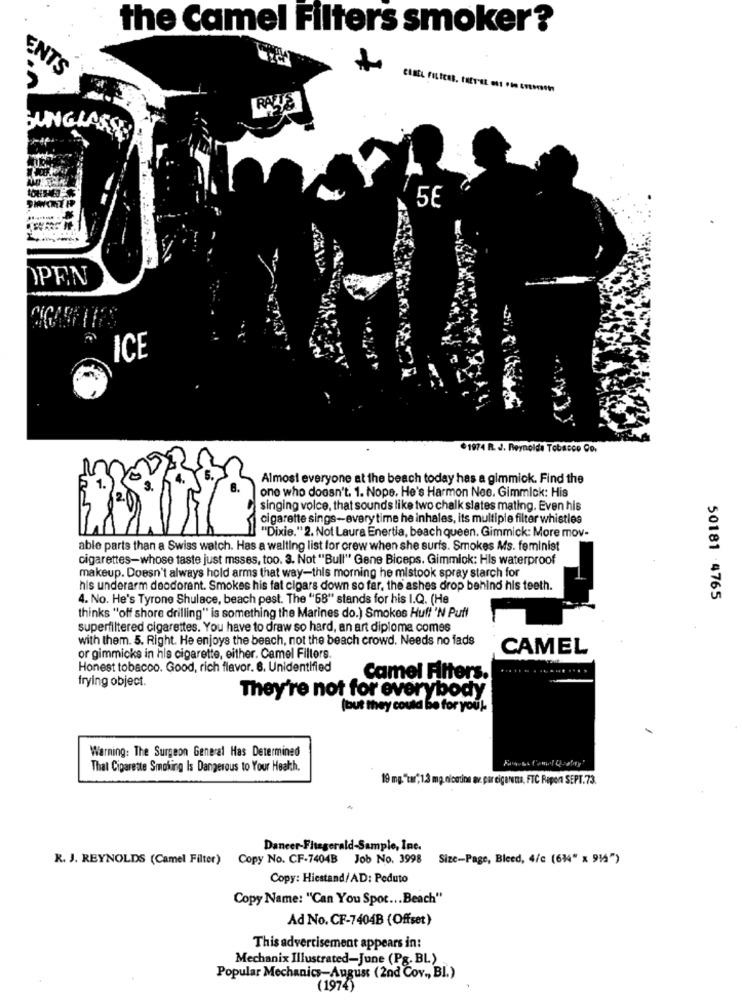
the Camel Filters smoker?
ENTS
RALIS
5€
OPEN
ICE
€1974 R. J. Reynolds Tobacco Co.
Almost everyone at the beach today has a gimmick. Find the
one who doesn't. 1. Nope. He's Harmon Nee. Gimmick: His
singing volce, that sounds like two chalk slates mating. Even his
cigarette sings-every time he inhales, its multiple filter whistles
"Dixie."2. Not Laura Enertia, beach queen. Gimmick: More mov-
able parts than a Swiss watch. Has a waiting list for crew when she surfs. Smokes Ms. feminist
cigarettes-whose taste just msses, too. 3. Not "Bull" Gene Biceps. Gimmick: Hls waterproof
makeup. Doesn't always hold arms that way-this morning he mistook spray starch for
his underarm deodorant. Smokes his fat cigars down so far, the ashes drop behind his teeth.
4. No. He's Tyrone Shulace, beach pest. The "68" stands for his I.Q. (He
50181 4765
thinks "off shore drilling" is something the Marines do.) Smokes Huff'N Puff
superfiltered cigarettes. You have to draw so hard, an art diploma comes
with them. 5. Right. He enjoys the beach, not the beach crowd. Needs no fads
CAMEL
or gimmicks in his cigarette, either. Camel Filters.
Honest tobacco. Good, rich flavor. 6. Unidentified
frying object.
Camel Fitters.
They're not for everybody
(but they could be for you !-
Warning: The Surgeon General Has Determined
That Cigarette Smoking Is Dangerous to Your Health,
19 mg."tar" 1.3 mg, nicotine me par cigaretta, FTC Repon SEPT.73.
Daneer-Fitzgerald-Sample, Inc.
R. J. REYNOLDS (Camel Filter) Copy No. CF-7404B Job No. 3998
Size-Page, Bleed, 4/c (614" x 91")
Copy: Hiestand/AD: Poduto
Copy Name: "Can You Spot ... Beach"
Ad No. CF-7404B (Offset)
This advertisement appears in:
Mechanix Illustrated-June (Pg. BL)
Popular Mechanics-August (2nd Cov ., BL.)
(1974)